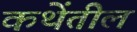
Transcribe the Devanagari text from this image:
कथेंतील